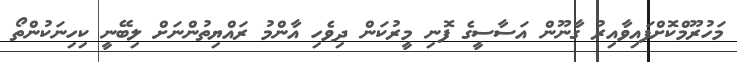
މަހުރޫމްކޮށްފައިވާއިރު ގާނޫން އަސާސީގެ ފޮނި މީރުކަން ދިވެހި އާންމު ރައްޔިތުންނަށް ލިބޭނީ ކިހިނަކުންތޯ